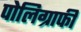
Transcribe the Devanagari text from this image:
पोलिग्राफी